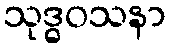
သုဒ္ဓဝသနာ